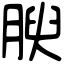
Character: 腴